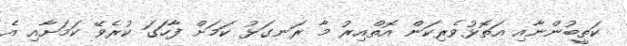
ކަތީބުންނާއި އަތޮޅުވެރިކަން އޮތްއިރު މާ ރަނގަޅު ކަމަށް ފާހަގަ ކުރެވޭ ކަމަށާއި އެ